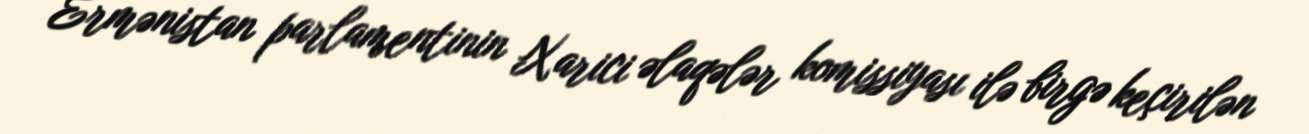
Ermənistan parlamentinin Xarici əlaqələr komissiyası ilə birgə keçirilən